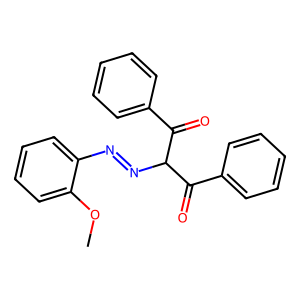
SMILES: COc1ccccc1N=NC(C(=O)c1ccccc1)C(=O)c1ccccc1
Inhibits HIV replication: No